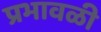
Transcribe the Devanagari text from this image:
प्रभावळी